Medical and sanitary report of the native army of Bengal for the year
Year: 1877
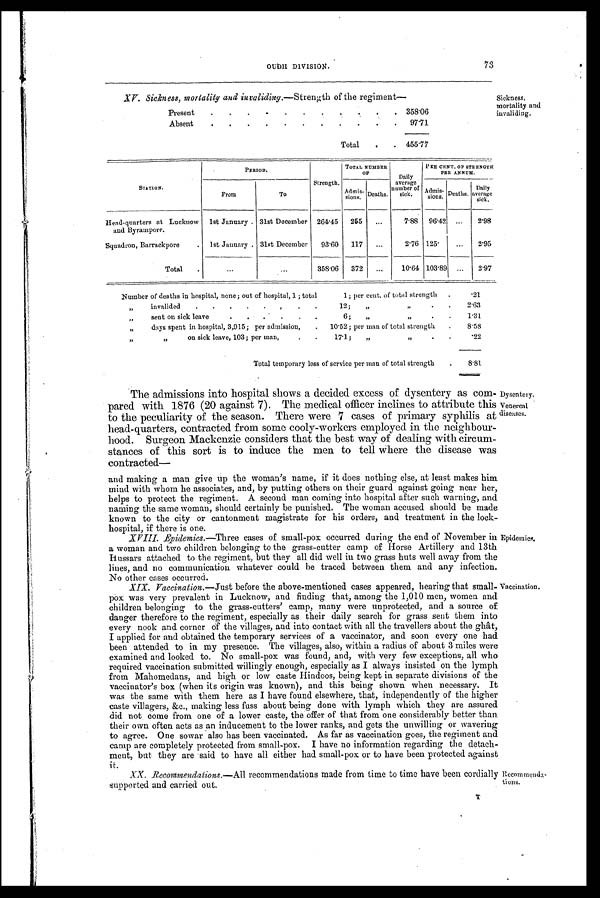
73
OUDH DIVISION.
XV. Sickness, mortality and invaliding.—Strength of the regiment—
Present
358.06
Absent
97.71
Total
455.77
Sickness,
mortality and
invaliding.
P E R I O D .
Strength.
TOTAL NUMBER
O F
Daily
average
number of
sick.
P EE CENT. OF STRENGTH
PER ANNUM.
STATION.
From
To
Admis-
sions. Deaths.
Admis-
sions. Deaths.
Daily
average
s i ck.
Head-quarters at Lucknow
and Byrampore.
1st January
31st December
264.45
255
...
7.88
96.42
...
2.98
Squadron, Barrackpore
1st January
31st December
93.60
11.7
...
2.76 125.
...
2.95
Total
...
...
358.06
372
...
10.64 103.89
...
2.97
Number of deaths in hospital, none; out of hospital, 1 ; total
1; per cent. of total strength
.21
„
invalided
12;
„
„
2.63
„
sent on sick leave
6;
„
„
1.31
„
days spent in hospital, 3,915; per admission,
10.52; per man of total strength
8.58
„
„ on sick leave, 103; per man,
17.1; „
„
.22
Total temporary loss of service per man of total strength
8.81
The admissions into hospital shows a decided excess of dysentery as com-
pared with 1876 (20 against 7). The medical officer inclines to attribute this
to the peculiarity of the season. There were 7 cases of primary syphilis at
head-quarters, contracted from some cooly-workers employed in the neighbour-
hood. Surgeon Mackenzie considers that the best way of dealing with circum-
stances of this sort is to induce the men to tell where the disease was
contracted
—
and making a man give up the woman's name, if it does nothing else, at least makes him
mind with whom he associates, and, by putting others on their guard against going near her,
helps to protect the regiment. A second man coming into hospital after such warning, and
naming the same woman, should certainly be punished. The woman accused should be made
known to the city or cantonment magistrate for his orders, and treatment in the lock-
hospital, if there is one.
XVIII. Epidemics.—Three cases of small-pox occurred during the end of November in
a woman and two children belonging to the grass-cutter camp of Horse Artillery and 13th
Hussars attached to the regiment, but they all did well in two grass huts well away from the
lines, and no communication whatever could be traced between them and any infection.
No other cases occurred.
XIX. Vaccination.— Just before the above-mentioned cases appeared, hearing that small-
pox was very prevalent in Lucknow, and finding that, among the 1,010 men, women and
children belonging to the grass-cutters' camp, many were unprotected, and a source of
danger therefore to the regiment, especially as their daily search for grass sent them into
every nook and corner of the villages, and into contact with all the travellers about the ghât,
I applied for and obtained the temporary services of a vaccinator, and soon every one had
been attended to in my presence. The villages, also, within a radius of about 3 miles were
examined and looked to. No small-pox was found, and, with very few exceptions, all who
required vaccination submitted willingly enough, especially as I always insisted on the lymph
from Mahomedans, and high or low caste Hindoos, being kept in separate divisions of the
vaccinator's box (when its origin was known), and this being shown when necessary. It
was the same with them here as I have found elsewhere, that, independently of the higher
caste villagers, &c., making less fuss about being done with lymph which they are assured
did not come from one of a lower caste, the offer of that from one considerably better than
their own often acts as an inducement to the lower ranks, and gets the unwilling or wavering
to agree. One sowar also has been vaccinated. As far as vaccination goes, the regiment and
camp are completely protected from small-pox. I have no information regarding the detach-
ment, but they are said to have all either had small-pox or to have been protected against
it.
XX. Recommendations.—All recommendations made from time to time have been cordially
supported and carried out.
Dysentery,
Venereal
diseases.
Epidemics.
Vaccination.
Recommenda-
tions.